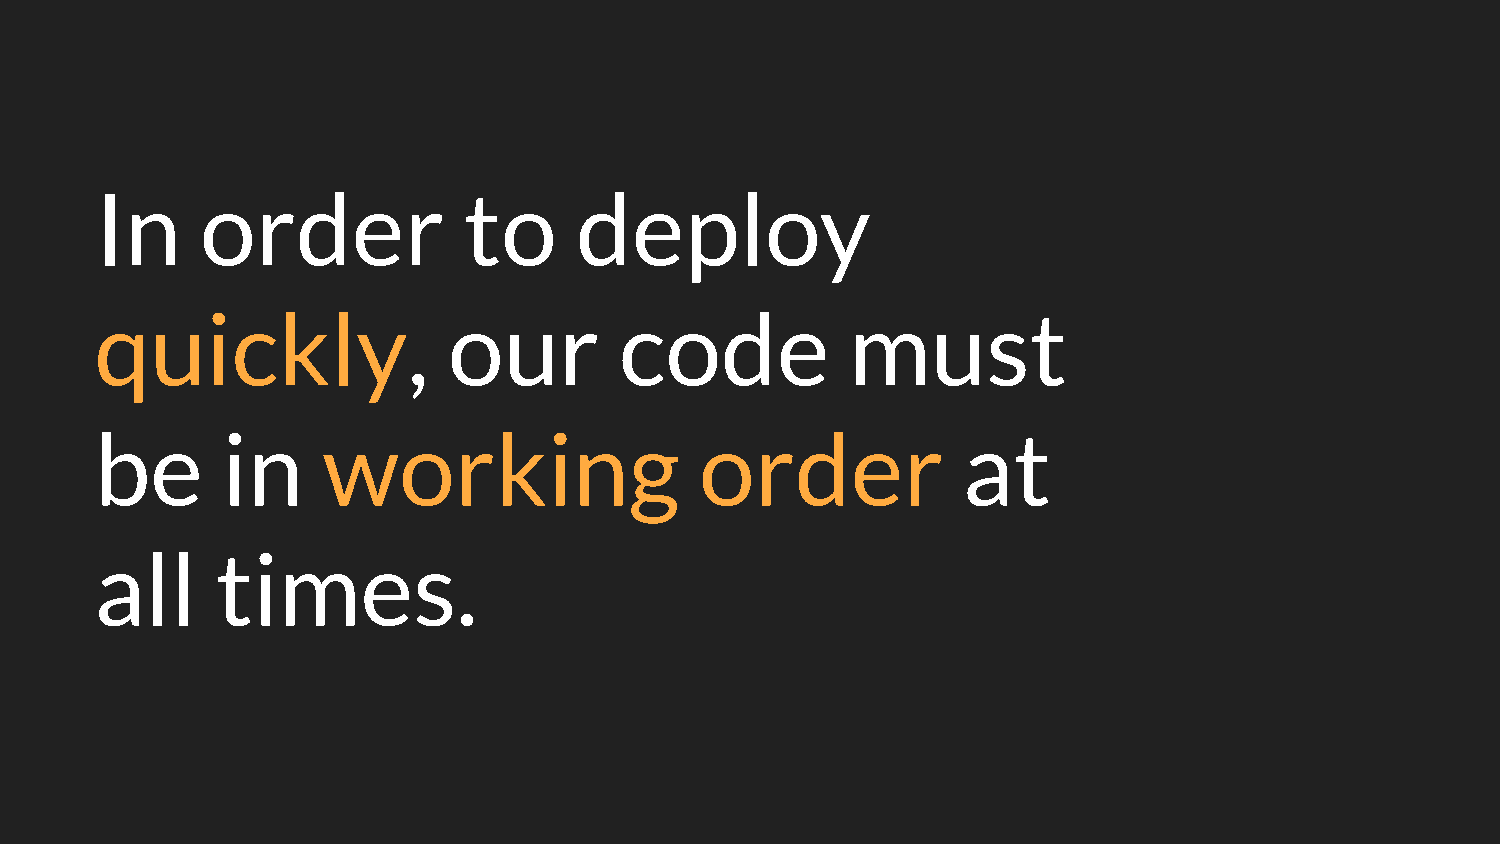
In     order             to     deploy
 quickly,                our        code           must
 be       in    working                  order             at
 all     times.